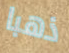
ذهبا